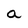
Character: a